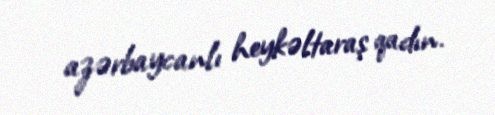
azərbaycanlı heykəltaraş qadın.